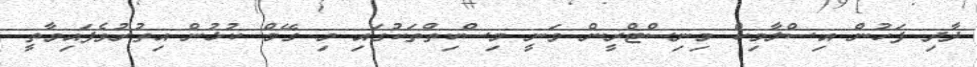
ދާދި ފަހުން އިސްލާމިކް މިނިސްޓްރީން ވަނީ މިސްކިތްތަކުގައި މި ގޭމް ކުޅުން އިތުރުވެފައިވާތީ